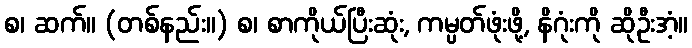
စ၊ ဆက်။ (တစ်နည်း။) စ၊ စာကိုယ်ပြီးဆုံး, ကမ္ပတ်ဖုံးဖို့, နိဂုံးကို ဆိုဦးအံ့။